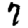
Digit: 7